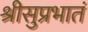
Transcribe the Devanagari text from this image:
श्रीसुप्रभातं